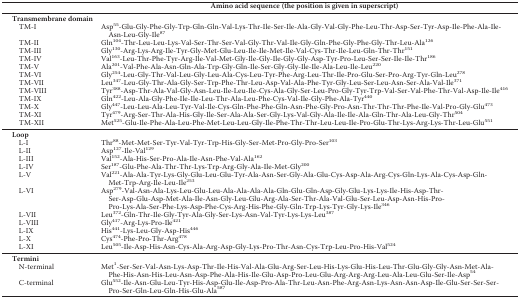
<table><thead><tr><td></td><td><b>Amino acid sequence (the position is given in superscript)</b></td></tr></thead><tbody><tr><td><b>Transmembrane domain</b></td><td></td></tr><tr><td>TM-I</td><td>Asp<sup>55</sup>-Glu-Gly-Phe-Gly-Trp-Gln-Gln-Val-Lys-Thr-Ile-Ser-Ile-Ala-Gly-Val-Gly-Phe-Leu-Thr-Asp-Ser-Tyr-Asp-Ile-Phe-Ala-Ile-Asn-Leu-Gly-Ile<sup>87</sup></td></tr><tr><td>TM-II</td><td>Gln<sup>104</sup>-Thr-Leu-Leu-Lys-Val-Ser-Thr-Ser-Val-Gly-Thr-Val-Ile-Gly-Gln-Phe-Gly-Phe-Gly-Thr-Leu-Ala<sup>126</sup></td></tr><tr><td>TM-III</td><td>Gly<sup>130</sup>-Arg-Lys-Arg-Ile-Tyr-Gly-Met-Glu-Leu-Ile-Ile-Met-Ile-Val-Cys-Thr-Ile-Leu-Gln-Thr-Thr<sup>151</sup></td></tr><tr><td>TM-IV</td><td>Val<sup>163</sup>-Leu-Thr-Phe-Tyr-Arg-Ile-Val-Met-Gly-Ile-Gly-Ile-Gly-Gly-Asp-Tyr-Pro-Leu-Ser-Ser-Ile-Ile-Thr<sup>186</sup></td></tr><tr><td>TM-V</td><td>Ala<sup>201</sup>-Val-Phe-Ala-Asn-Gln-Ala-Trp-Gly-Gln-Ile-Ser-Gly-Gly-Ile-Ile-Ala-Leu-Ile-Leu<sup>220</sup></td></tr><tr><td>TM-VI</td><td>Gly<sup>254</sup>-Leu-Gly-Thr-Val-Leu-Gly-Leu-Ala-Cys-Leu-Tyr-Phe-Arg-Leu-Thr-Ile-Pro-Glu-Ser-Pro-Arg-Tyr-Gln-Leu<sup>278</sup></td></tr><tr><td>TM-VII</td><td>Leu<sup>347</sup>-Leu-Gly-Thr-Ala-Gly-Ser-Trp-Phe-Thr-Leu-Asp-Val-Ala-Phe-Tyr-Gly-Leu-Ser-Leu-Asn-Ser-Ala-Val-Ile<sup>371</sup></td></tr><tr><td>TM-VIII</td><td>Tyr<sup>388</sup>-Asp-Thr-Ala-Val-Gly-Asn-Leu-Ile-Leu-Ile-Cys-Ala-Gly-Ser-Leu-Pro-Gly-Tyr-Trp-Val-Ser-Val-Phe-Thr-Val-Asp-Ile-Ile<sup>416</sup></td></tr><tr><td>TM-IX</td><td>Gln<sup>422</sup>-Leu-Ala-Gly-Phe-Ile-Ile-Leu-Thr-Ala-Leu-Phe-Cys-Val-Ile-Gly-Phe-Ala-Tyr<sup>440</sup></td></tr><tr><td>TM-X</td><td>Gly<sup>447</sup>-Leu-Leu-Ala-Leu-Tyr-Val-Ile-Cys-Gln-Phe-Phe-Gln-Asn-Phe-Gly-Pro-Asn-Thr-Thr-Thr-Phe-Ile-Val-Pro-Gly-Glu<sup>473</sup></td></tr><tr><td>TM-XI</td><td>Tyr<sup>479</sup>-Arg-Ser-Thr-Ala-His-Gly-Ile-Ser-Ala-Ala-Ser-Gly-Lys-Val-Gly-Ala-Ile-Ile-Ala-Gln-Thr-Ala-Leu-Gly-Thr<sup>504</sup></td></tr><tr><td>TM-XII</td><td>Met<sup>525</sup>-Glu-Ile-Phe-Ala-Leu-Phe-Met-Leu-Leu-Gly-Ile-Phe-Thr-Thr-Leu-Leu-Ile-Pro-Glu-Thr-Lys-Arg-Lys-Thr-Leu-Glu<sup>551</sup></td></tr><tr><td><b>Loop</b></td><td></td></tr><tr><td>L-I</td><td>Thr<sup>88</sup>-Met-Met-Ser-Tyr-Val-Tyr-Trp-His-Gly-Ser-Met-Pro-Gly-Pro-Ser<sup>103</sup></td></tr><tr><td>L-II</td><td>Asp<sup>127</sup>-Ile-Val<sup>129</sup></td></tr><tr><td>L-III</td><td>Val<sup>152</sup>-Ala-His-Ser-Pro-Ala-Ile-Asn-Phe-Val-Ala<sup>162</sup></td></tr><tr><td>L-IV</td><td>Ser<sup>187</sup>-Glu-Phe-Ala-Thr-Thr-Lys-Trp-Arg-Gly-Ala-Ile-Met-Gly<sup>200</sup></td></tr><tr><td>L-V</td><td>Val<sup>221</sup>-Ala-Ala-Tyr-Lys-Gly-Glu-Leu-Glu-Tyr-Ala-Asn-Ser-Gly-Ala-Glu-Cys-Asp-Ala-Arg-Cys-Gln-Lys-Ala-Cys-Asp-Gln-Met-Trp-Arg-Ile-Leu-Ile<sup>253</sup></td></tr><tr><td>L-VI</td><td>Asp<sup>279</sup>-Val-Asn-Ala-Lys-Leu-Glu-Leu-Ala-Ala-Ala-Ala-Gln-Glu-Gln-Asp-Gly-Glu-Lys-Lys-Ile-His-Asp-Thr-Ser-Asp-Glu-Asp-Met-Ala-Ile-Asn-Gly-Leu-Glu-Arg-Ala-Ser-Thr-Ala-Val-Glu-Ser-Leu-Asp-Asn-His-Pro-Pro-Lys-Ala-Ser-Phe-Lys-Asp-Phe-Cys-Arg-His-Phe-Gly-Gln-Trp-Lys-Tyr-Gly-Lys-Ile<sup>346</sup></td></tr><tr><td>L-VII</td><td>Leu<sup>372</sup>-Gln-Thr-Ile-Gly-Tyr-Ala-Gly-Ser-Lys-Asn-Val-Tyr-Lys-Lys-Leu<sup>387</sup></td></tr><tr><td>L-VIII</td><td>Gly<sup>417</sup>-Arg-Lys-Pro-Ile<sup>421</sup></td></tr><tr><td>L-IX</td><td>His<sup>441</sup>-Lys-Leu-Gly-Asp-His<sup>446</sup></td></tr><tr><td>L-X</td><td>Cys<sup>474</sup>-Phe-Pro-Thr-Arg<sup>478</sup></td></tr><tr><td>L-XI</td><td>Leu<sup>505</sup>-Ile-Asp-His-Asn-Cys-Ala-Arg-Asp-Gly-Lys-Pro-Thr-Asn-Cys-Trp-Leu-Pro-His-Val<sup>524</sup></td></tr><tr><td><b>Termini</b></td><td></td></tr><tr><td>N-terminal</td><td>Met<sup>1</sup>-Ser-Ser-Val-Asn-Lys-Asp-Thr-Ile-His-Val-Ala-Glu-Arg-Ser-Leu-His-Lys-Glu-His-Leu-Thr-Glu-Gly-Gly-Asn-Met-Ala-Phe-His-Asn-His-Leu-Asn-Asp-Phe-Ala-His-Ile-Glu-Asp-Pro-Leu-Glu-Arg-Arg-Arg-Leu-Ala-Leu-Glu-Ser-Ile-Asp<sup>54</sup></td></tr><tr><td>C-terminal</td><td>Glu<sup>552</sup>-Ile-Asn-Glu-Leu-Tyr-His-Asp-Glu-Ile-Asp-Pro-Ala-Thr-Leu-Asn-Phe-Arg-Asn-Lys-Asn-Asn-Asp-Ile-Glu-Ser-Ser-Ser-Pro-Ser-Gln-Leu-Gln-His-Glu-Ala<sup>587</sup></td></tr></tbody></table>